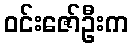
ဝင်းဇော်ဦးက